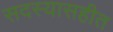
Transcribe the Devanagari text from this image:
सदस्यासहीत